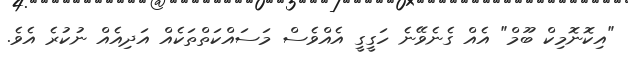
"އިކޮނޮމިކް ބޫމް" އެއް ގެނެވޭނެ ހަގީގީ އެއްވެސް މަސައްކަތްތަކެއް އަދިއެއް ނުކުރެ އެވެ.